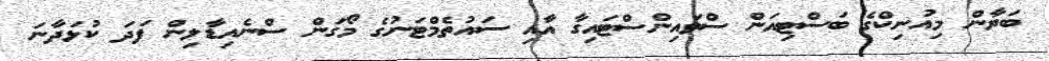
ބަޔާން މިއުނިކްގެ ބަސްޓިއަން ސްވައިންސްޓައިގާ އާއި ސައުތެމްޓަނުގެ މޯގަން ސްނެއިޑާލިން ފަދަ ކުޅަދާނަ